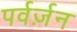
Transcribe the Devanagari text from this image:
पर्वर्ज़न